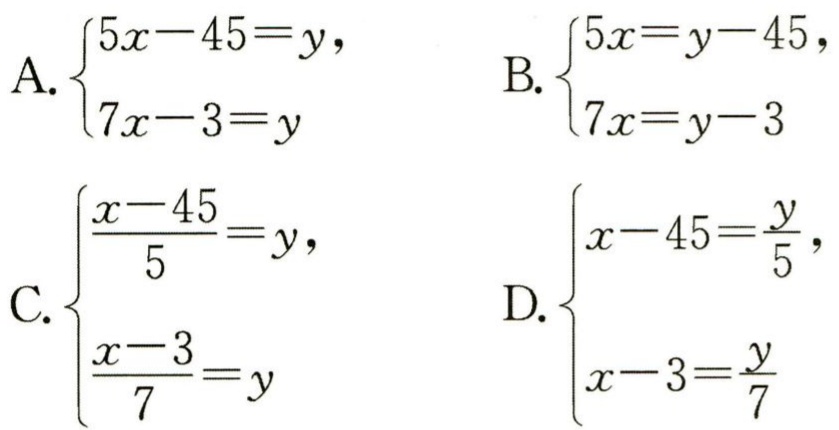
A. \(\begin{cases}5x - 45 = y,\\7x - 3 = y\end{cases}\)

B. \(\begin{cases}5x = y - 45,\\7x = y - 3\end{cases}\)

C. \(\begin{cases}\frac{x - 45}{5} = y,\\\frac{x - 3}{7} = y\end{cases}\)

D. \(\begin{cases}x - 45 = \frac{y}{5},\\x - 3 = \frac{y}{7}\end{cases}\)